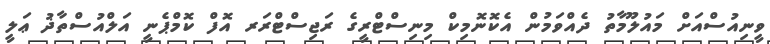
ވީނިއުސްއަށް މައުލޫމާތު ދެއްވަމުން އެކޮނޮމިކް މިނިސްޓްރީގެ ރަޖިސްޓްރަރ އޮފް ކޮމްޕެނީ އަލްއުސްތާޛު ޢަލީ